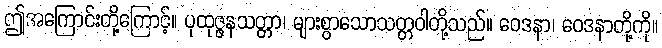
ဤအကြောင်းတို့ကြောင့်။ ပုထုဇ္ဇနသတ္တာ၊ များစွာသောသတ္တဝါတို့သည်။ ဝေဒနာ၊ ဝေဒနာတို့ကို။